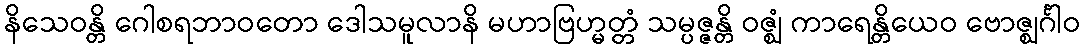
နိသေဝန္တိ ဂေါစရဘာဝတော ဒေါသမူလာနိ မဟာဗြဟ္မတ္တံ သမ္ပဇ္ဇန္တိ ဝဇ္ဈံ ကာရေန္တိယေဝ ဗောဇ္ဈင်္ဂါဝ